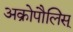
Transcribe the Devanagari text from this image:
अक्रोपौलिस्‌